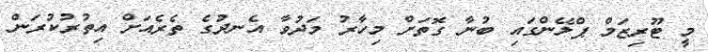
މީ ޓޫރިޒަމް ޕްލޭންގައި ބުނާ ގޮތަށް މިހާރު މަދުވާ އެނދުގެ ތެރެއަށް އިތުރުކުރަން